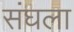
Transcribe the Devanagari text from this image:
संघला